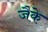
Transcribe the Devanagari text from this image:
जैके